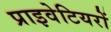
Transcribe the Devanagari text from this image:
प्राइवेटियरों